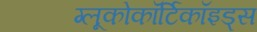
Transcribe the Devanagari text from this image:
ग्लूकोकॉर्टिकॉइड्स